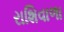
રાશિવાળા